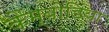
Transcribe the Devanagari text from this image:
कैम्बोडिया